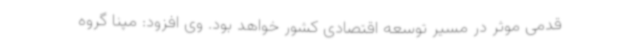
قدمی موثر در مسیر توسعه اقتصادی‌ کشور خواهد بود. وی افزود: مپنا گروه